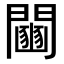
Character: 𨷒